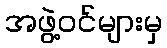
အဖွဲ့ဝင်များမှ